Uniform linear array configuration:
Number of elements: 4
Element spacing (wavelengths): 0.75
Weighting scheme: hann
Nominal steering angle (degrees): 15
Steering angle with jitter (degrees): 14.471
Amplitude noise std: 0.05
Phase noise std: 0.05

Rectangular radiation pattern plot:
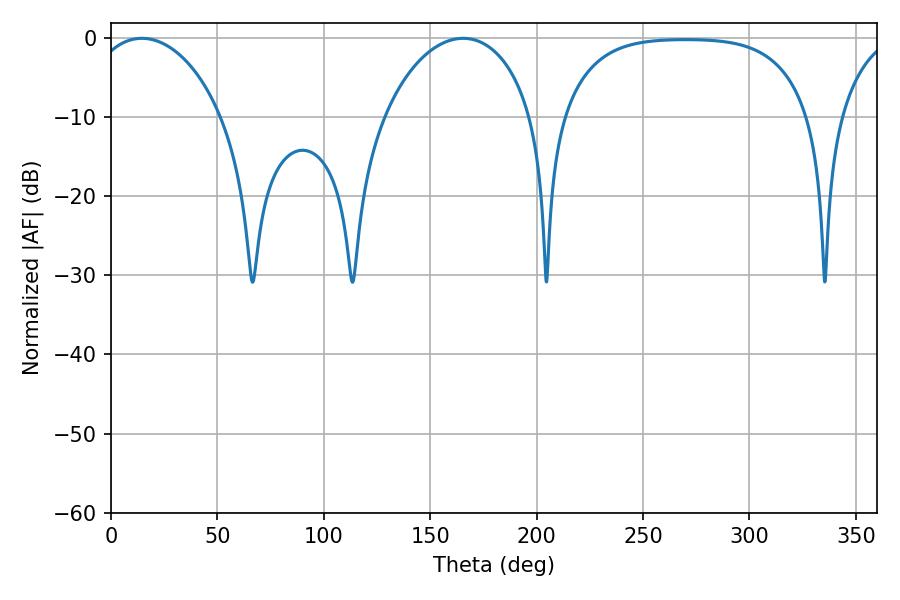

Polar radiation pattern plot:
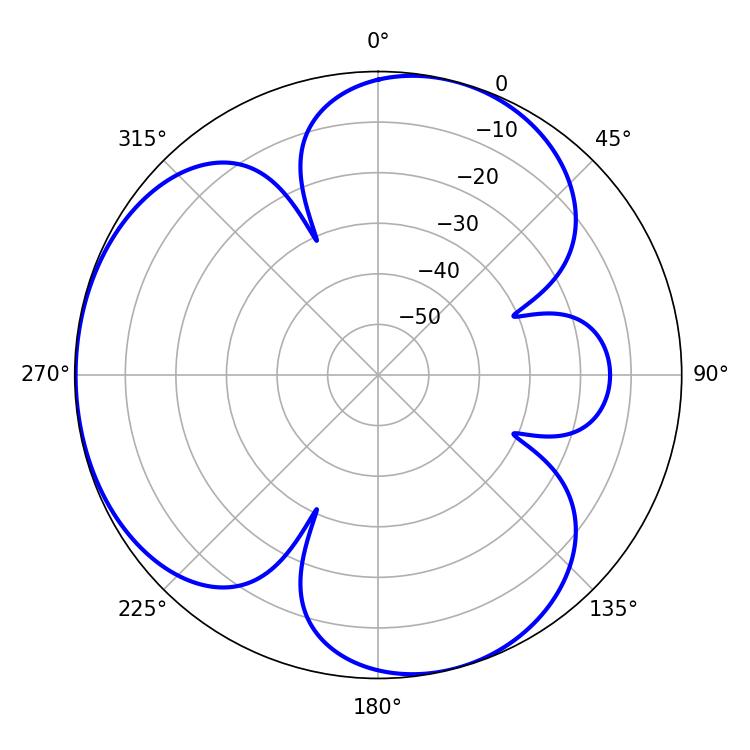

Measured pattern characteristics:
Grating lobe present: TRUE
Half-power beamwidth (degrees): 35.64
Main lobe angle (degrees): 14.58